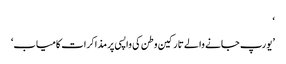
‘
’یورپ جانے والے تارکین وطن کی واپسی پر مذاکرات کامیاب‘